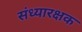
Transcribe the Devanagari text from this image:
संध्यारक्षक